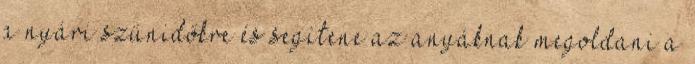
a nyári szünidőkre és segítene az anyáknak megoldani a